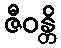
ဇီဝန္တိ